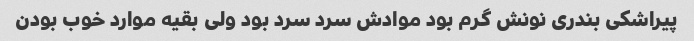
پیراشکی بندری نونش گرم‌ بود موادش سرد سرد بود ولی بقیه موارد خوب بودن